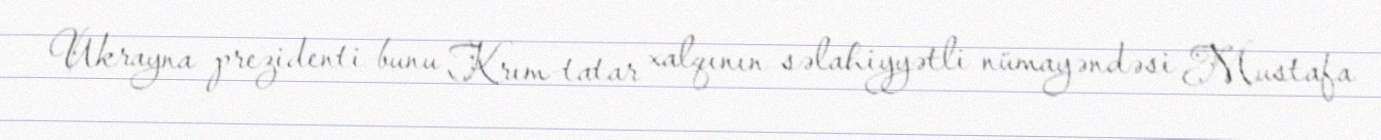
Ukrayna prezidenti bunu Krım-tatar xalqının səlahiyyətli nümayəndəsi Mustafa